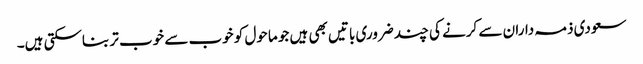
سعودی ذمہ داران سے کرنے کی چند ضروری باتیں بھی ہیں جو ماحول کو خوب سے خوب تر بناسکتی ہیں۔